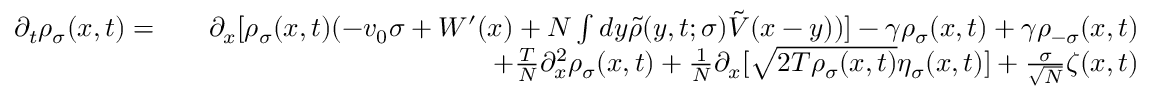
\begin{array} { r l r } { \partial _ { t } \rho _ { \sigma } ( x , t ) = } & { } & { \partial _ { x } [ \rho _ { \sigma } ( x , t ) ( - v _ { 0 } \sigma + W ^ { \prime } ( x ) + N \int d y \tilde { \rho } ( y , t ; \sigma ) \tilde { V } ( x - y ) ) ] - \gamma \rho _ { \sigma } ( x , t ) + \gamma \rho _ { - \sigma } ( x , t ) } \\ & { } & { + \frac { T } { N } \partial _ { x } ^ { 2 } \rho _ { \sigma } ( x , t ) + \frac { 1 } { N } \partial _ { x } [ \sqrt { 2 T \rho _ { \sigma } ( x , t ) } \eta _ { \sigma } ( x , t ) ] + \frac { \sigma } { \sqrt { N } } \zeta ( x , t ) } \end{array}